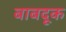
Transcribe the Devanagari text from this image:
बाबदूक